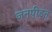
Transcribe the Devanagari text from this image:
जनपीड़न